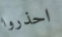
احذروا